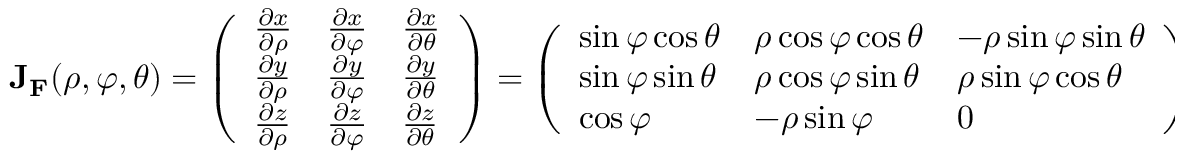
\mathbf { J } _ { \mathbf { F } } ( \rho , \varphi , \theta ) = { \left( \begin{array} { l l l } { { \frac { \partial x } { \partial \rho } } } & { { \frac { \partial x } { \partial \varphi } } } & { { \frac { \partial x } { \partial \theta } } } \\ { { \frac { \partial y } { \partial \rho } } } & { { \frac { \partial y } { \partial \varphi } } } & { { \frac { \partial y } { \partial \theta } } } \\ { { \frac { \partial z } { \partial \rho } } } & { { \frac { \partial z } { \partial \varphi } } } & { { \frac { \partial z } { \partial \theta } } } \end{array} \right) } = { \left( \begin{array} { l l l } { \sin \varphi \cos \theta } & { \rho \cos \varphi \cos \theta } & { - \rho \sin \varphi \sin \theta } \\ { \sin \varphi \sin \theta } & { \rho \cos \varphi \sin \theta } & { \rho \sin \varphi \cos \theta } \\ { \cos \varphi } & { - \rho \sin \varphi } & { 0 } \end{array} \right) } .